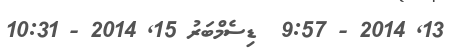
13